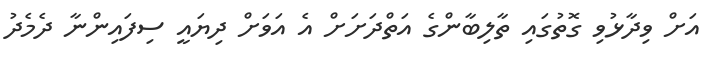
އަށް ވިދާޅުވި ގޮތުގައި ތާލިބާންގެ އަތްދަށަށް އެ އަވަށް ދިޔައީ ސިފައިންނާ ދެމެދު